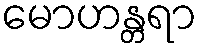
မောဟန္တရာ